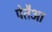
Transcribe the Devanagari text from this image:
पेतैआ